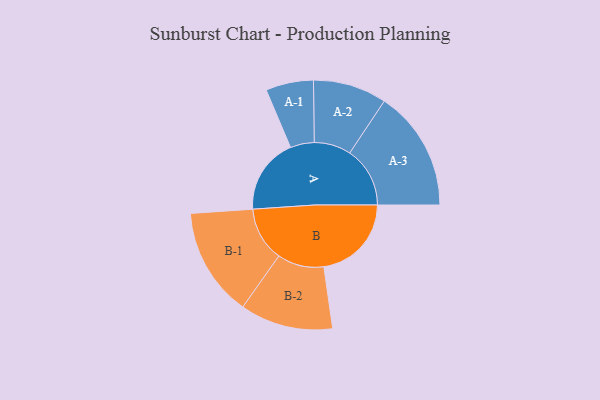
{"axis": {"x": "Segment", "y": "Value"}, "legend": ["", "A", "B"], "data": [{"x": "A", "y": 375, "type": ""}, {"x": "B", "y": 433, "type": ""}, {"x": "A-1", "y": 118, "type": "A"}, {"x": "A-2", "y": 182, "type": "A"}, {"x": "A-3", "y": 298, "type": "A"}, {"x": "B-1", "y": 269, "type": "B"}, {"x": "B-2", "y": 230, "type": "B"}]}